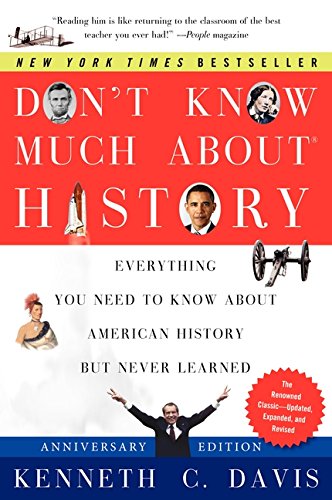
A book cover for Don't Know Much About History, Anniversary Edition: Everything You Need to Know About American History but Never Learned (Don't Know Much About Series); Kenneth C. Davis; History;